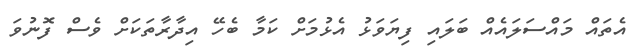
އެތައް މައްސަލައެއް ބަލައި ފިޔަވަޅު އެޅުމަށް ކަމާ ބެހޭ އިދާރާތަކަށް ވެސް ފޮނުވަ